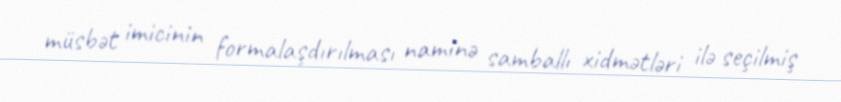
müsbət imicinin formalaşdırılması naminə samballı xidmətləri ilə seçilmiş